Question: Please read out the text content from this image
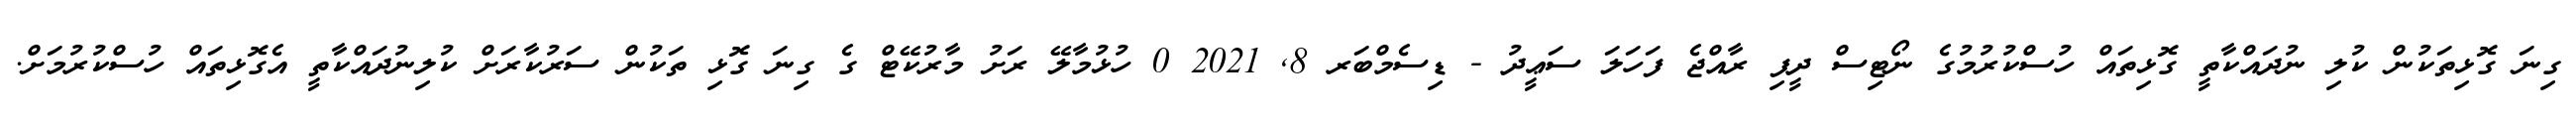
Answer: ގިނަ ގޮޅިތަކުން ކުލި ނުދައްކާތީ ގޮޅިތައް ހުސްކުރުމުގެ ނޯޓިސް ދީފި ރާއްޖެ ފަހަލަ ސަޢީދު - ޑިސެމްބަރ 8, 2021 0 ހުޅުމާލޭ ރަށު މާރުކޭޓް ގެ ގިނަ ގޮޅި ތަކުން ސަރުކާރަށް ކުލިނުދައްކާތީ އެގޮޅިތައް ހުސްކުރުމަށް.